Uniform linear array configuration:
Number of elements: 24
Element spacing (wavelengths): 0.5
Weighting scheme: exponential
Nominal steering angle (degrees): -45
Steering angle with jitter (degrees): -45.462
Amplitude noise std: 0.05
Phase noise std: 0.05

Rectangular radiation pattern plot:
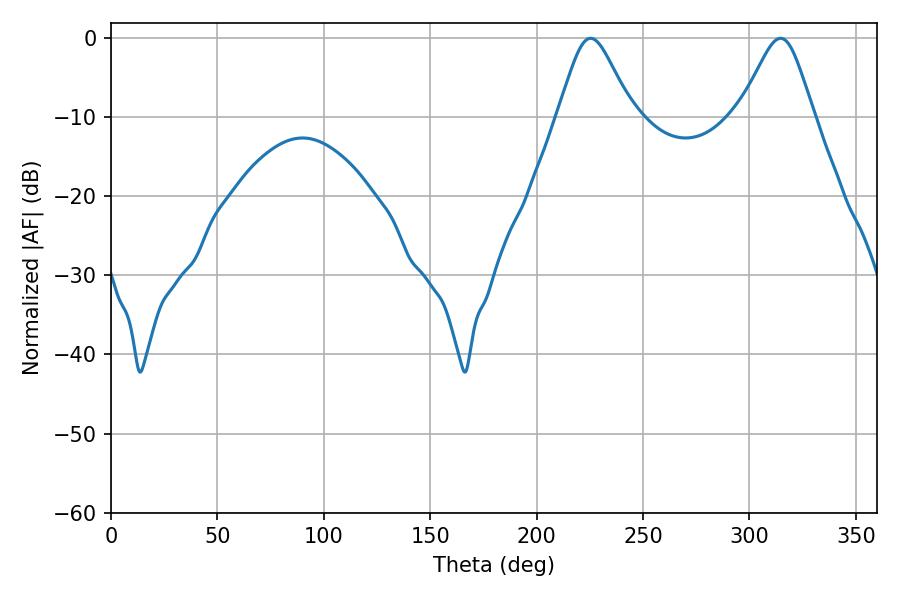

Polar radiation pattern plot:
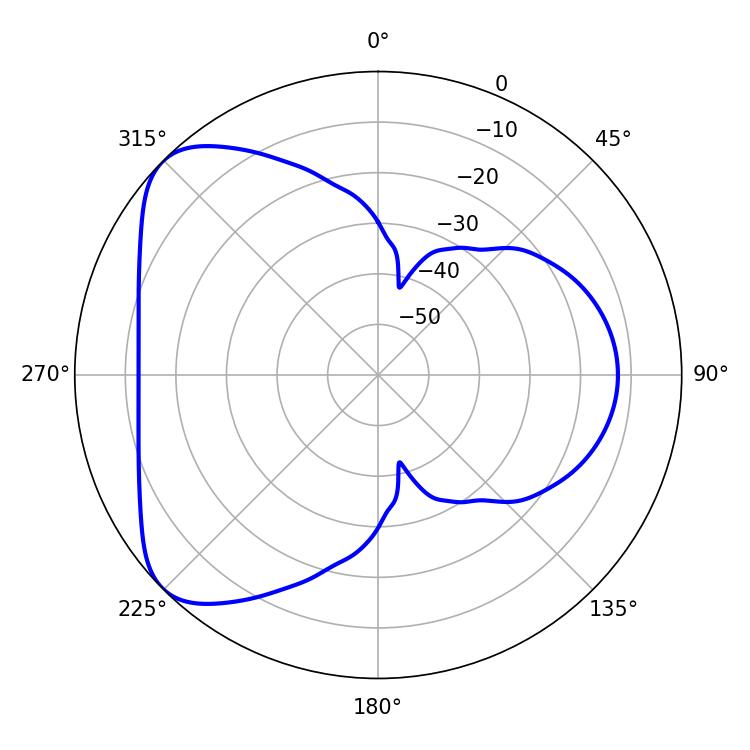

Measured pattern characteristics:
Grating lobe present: FALSE
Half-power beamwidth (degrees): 16.92
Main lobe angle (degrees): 225.36